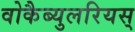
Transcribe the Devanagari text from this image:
वोकैब्युलरियस्